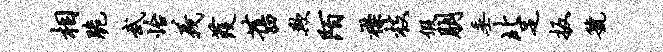
相脆武怡义葭旧欺陌襟枝假朋垂北足扳虢